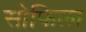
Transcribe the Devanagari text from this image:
सोफिला